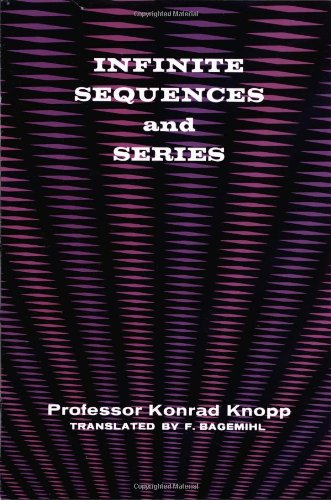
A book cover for Infinite Sequences and Series (Dover Books on Mathematics); Konrad Knopp; Science & Math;